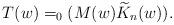
LaTeX: \begin{align*}T(w)=_0 ( M(w) \widetilde{K}_n (w) ).\end{align*}